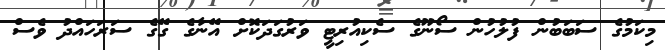
މިކަމުގެ ސަބަބުން ފުލުހުން ސޯނޫގެ ސެކިއުރިޓީ ވަރުގަދަކޮށް އޭނާގެ ގޭގެ ސަރަހައްދު ވެސް